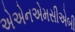
એએનએમસીએબી